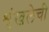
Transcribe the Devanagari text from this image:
शृंखलेची